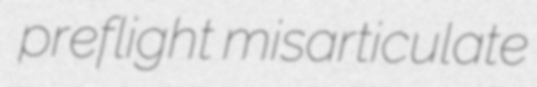
preflight misarticulate